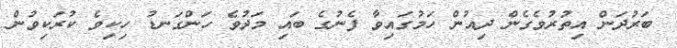
ބަރުދަން އިތުރުވެގެން ދިއުން ހަމުގައިވާ ފެނުގެ ބައި މަދުވެ ހަންގަނޑު ހިކިވެ ކުރަކިވުން